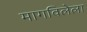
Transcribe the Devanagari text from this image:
मागविलेला